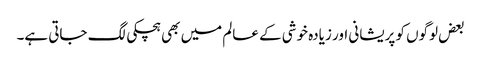
بعض لوگوں کو پریشانی اور زیادہ خوشی کے عالم میں بھی ہچکی لگ جاتی ہے۔